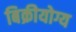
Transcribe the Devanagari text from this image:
बिक्रीयोग्य